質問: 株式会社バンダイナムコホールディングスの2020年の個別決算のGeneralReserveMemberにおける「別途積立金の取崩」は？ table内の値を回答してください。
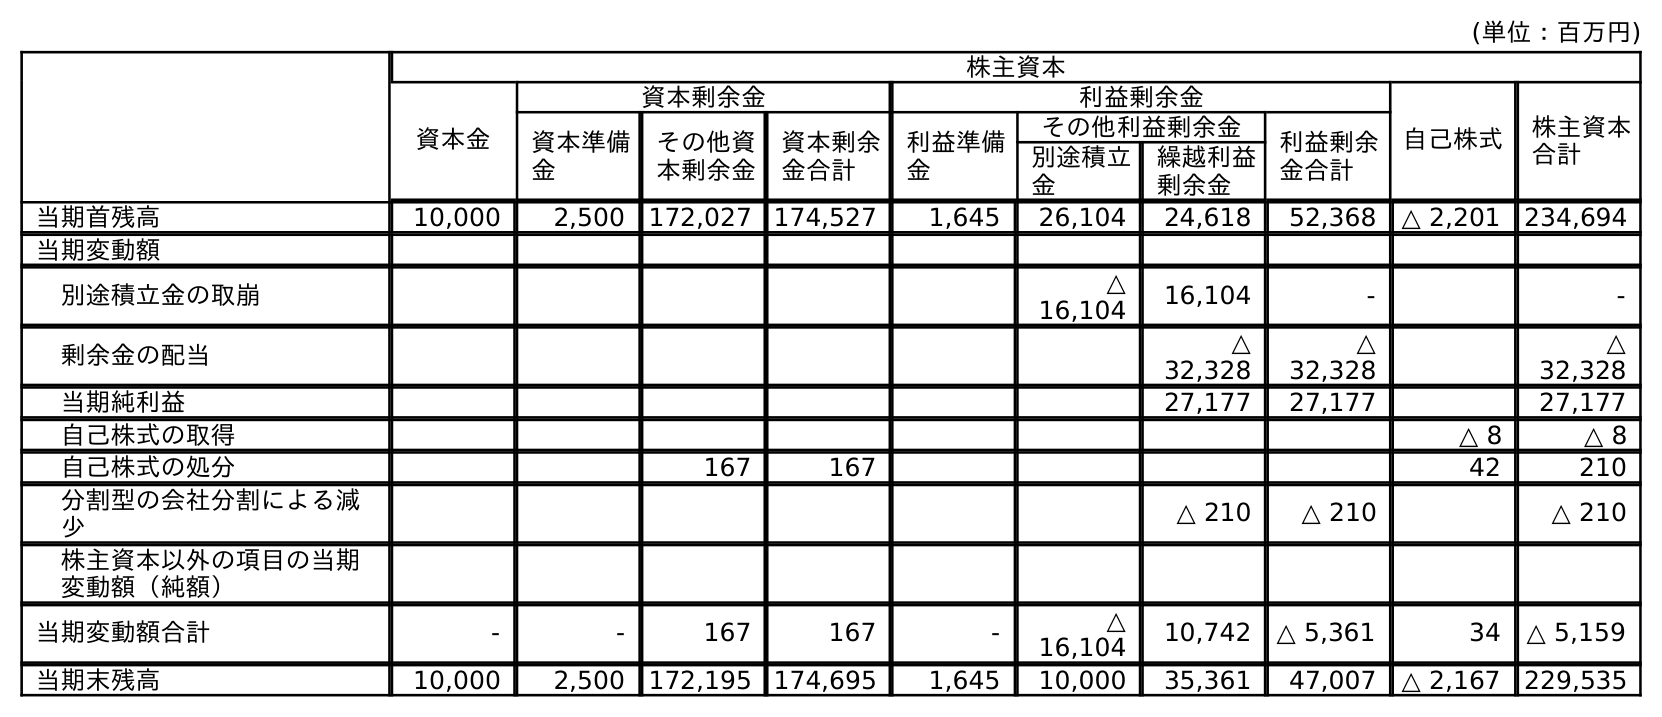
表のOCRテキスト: (単位：百万円) 株主資本 資本金 資本剰余金 利益剰余金 自己株式 株主資本 合計 資本準備 金 その他資 本剰余金 資本剰余 金合計 利益準備 金 その他利益剰余金 利益剰余 金合計 別途積立 金 繰越利益 剰余金 当期首残高 10,000 2,500 172,027 174,527 1,645 26,104 24,618 52,368 △ 2,201 234,694 当期変動額 別途積立金の取崩 △ 16,104 16,104 - - 剰余金の配当 △ 32,328 △ 32,328 △ 32,328 当期純利益 27,177 27,177 27,177 自己株式の取得 △ 8 △ 8 自己株式の処分 167 167 42 210 分割型の会社分割による減 少 △ 210 △ 210 △ 210 株主資本以外の項目の当期 変動額（純額） 当期変動額合計 - - 167 167 - △ 16,104 10,742 △ 5,361 34 △ 5,159 当期末残高 10,000 2,500 172,195 174,695 1,645 10,000 35,361 47,007 △ 2,167 229,535
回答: △16,104